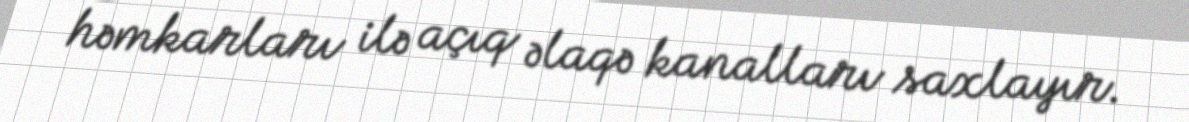
həmkarları ilə açıq əlaqə kanalları saxlayır.